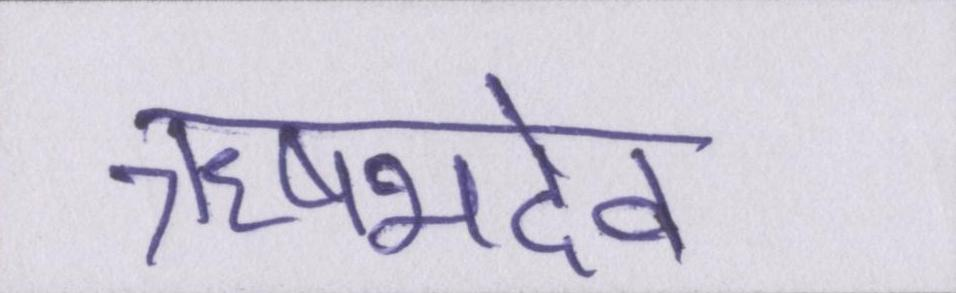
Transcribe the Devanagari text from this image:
ऋषभदेव